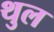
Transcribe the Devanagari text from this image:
थुल